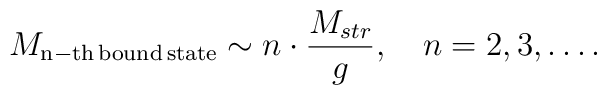
M_{\rm n-th\, bound\, state} \sim n\cdot \frac{M_{str}}{g},\quad n = 2, 3,\ldots .